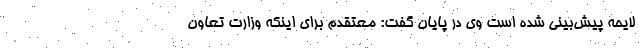
لایحه پیش‌بینی شده است وی در پایان گفت: معتقدم برای اینکه وزارت تعاون